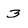
Character: 3